Vaccination United Provinces of Agra and Oudh 1914-1922 - 1914-1922
Year: 1914
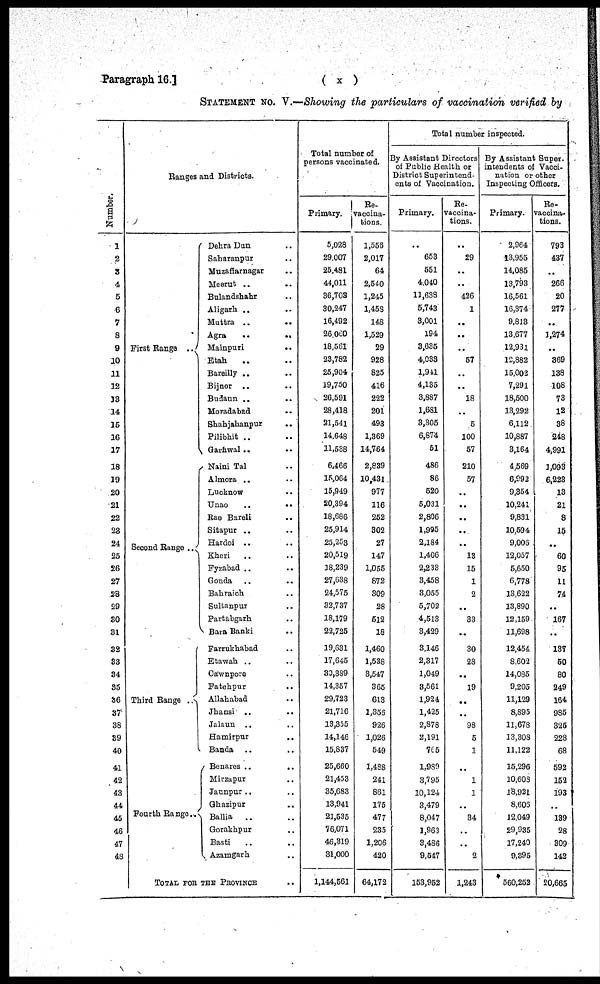
Paragraph 16.]
( x )
STATEMENT No. V.—Showing the particulars of vaccination verified by
Number.
1
2
3
4
5
6
7
8
9
10
11
12
13
14
15
16
17
18
19
20
21
22
23
24
25
26
27
28
29
30
31
32
33
34
35
36
37
38
39
40
41
42
43
44
45
46
47
48
Ranges and Districts.
First Range
..
Second Range ..
Third Range ..
Fourth Range ..
Dehra Dun .. ..
Saharanpur .. ..
Muzaffarnagar ..
Meerut .. ..
Bulandshahr .. ..
Aligarh .. ..
Muttra .. ..
Agra
..
..
Mainpuri .. ..
Etah .. ..
Bareilly .. ..
Bijnor .. ..
Budaun .. ..
Moradabad .. ..
Shahjahanpur ..
Pilibhit .. ..
Garhwal .. ..
Naini Tal .. ..
Almora .. ..
Lucknow .. ..
Unao
..
..
Rae Bareli .. ..
Sitapur .. ..
Hardoi .. ..
Kheri .. ..
Fyzabad .. ..
Gonda .. ..
Bahraich .. ..
Sultanpur .. ..
Partabgarh .. ..
Bara Banki .. ..
Farrukhabad ..
Etawah .. ..
Cawnpore .. ..
Fatehpur .. ..
Allahabad .. ..
Jhansi .. ..
Jalaun .. ..
Hamirpur
.. ..
Banda .. ..
Benares .. ..
Mirzapur .. ..
Jaunpur.. ..
Ghazipur .. ..
Ballia
.. ..
Gorakhpur .. ..
Basti .. ..
Azamgarh ..
TOTAL FOR THE PROVINCE ..
Total number of
persons vaccinated.
Primary.
5,028
29,007
25,481
44,011
36,703
30,247
16,492
26,060
18,561
23,782
25,904
19,750
26,591
28,418
21,541
14,648
11,538
6,466
15,064
15,949
20,394
18,686
25,914
25,253
20,519
18,239
27,638
24,575
32,737
18,179
22,725
19,631
17,645
80,389
14,357
29,723
21,716
13,355
14,146
15,837
25,660
21,453
35,683
13,941
21,535
76,071
46,319
31,000
1,144,561
Re¬
vaccina-
tions.
1,556
2,017
64
2,540
1,245
1,458
148
1,529
29
928
825
416
222
201
493
1,369
14,764
2,839
10,431
977
116
252
302
27
147
1,055
872
309
28
512
18
1,460
1,538
3,547
365
613
1,356
926
1,026
549
1,488
241
861
175
477
235
1,206
420
64,172
Total number inspected.
By Assistant Directors
of Public Health or
District Superintend-
ents of Vaccination.
Primary.
..
653
551
4,040
11,633
5,743
3,001
194
3,635
4,033
1,941
4,135
3,887
1,681
3,305
6,874
51
486
86
520
5,031
2,806
1,995
2,184
1,406
2,233
3,458
3,055
5,702
4,513
3,429
3,146
2,317
1,049
3,561
1,924
1,425
2,878
2,191
765
1,989
3,795
10,124
3,479
8,047
1,963
3,486
9,547
153,952
Re-
vaccina¬
tions.
..
29
..
..
426
1
..
..
..
57
..
..
18
..
5
100
57
210
57
..
..
..
..
..
13
15
1
2
..
33
..
30
28
..
19
..
..
98
5
1
..
1
1
..
34
..
..
2
1,243
By Assistant Super¬
intendents of Vacci-
nation or other
Inspecting Officers.
Primary.
2,964
13,955
14,085
13,793
16,561
16,374
9,813
13,677
12,931
12,882
15,002
7,291
18,500
13,292
6,112
10,887
3,164
4,569
6,992
9,354
10,241
9,831
10,594
9,006
12,057
5,650
6,778
13,622
13,890
12,159
11,698
12,454
8,602
14,085
9,205
11,129
8,895
11,678
13,308
11,122
15,296
10,608
18,921
8,606
12,049
29,935
17,240
9,395
560,252
Re-
vaccina¬
tions.
793
437
..
266
20
277
..
1,274
..
369
138
108
73
12
38
248
4,991
1,093
6,223
13
21
8
15
. .
60
95
11
74
..
167
..
137
50
80
249
164
985
325
228
68
592
152
193
..
139
28
309
142
20,665